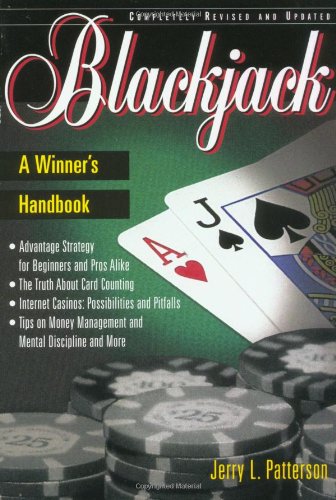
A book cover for Blackjack (Revised); Jerry L. Patterson; Humor & Entertainment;